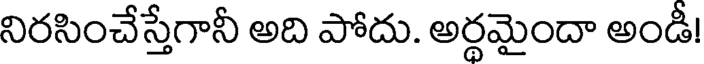
నిరసించేస్తేగానీ అది పోదు. అర్థమైందా అండీ!